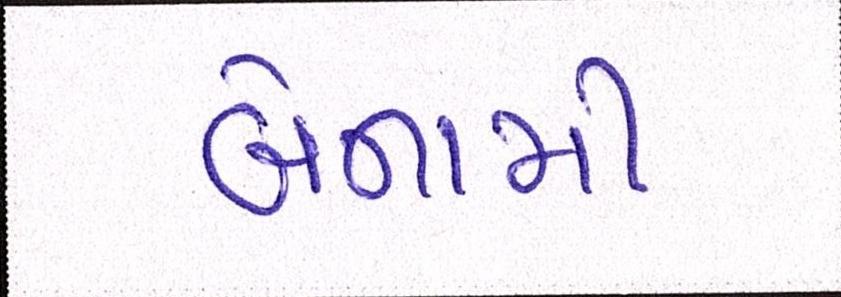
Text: બેનામી